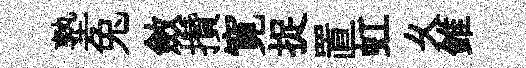
塾兔斂攢寛捉置虹乆錐